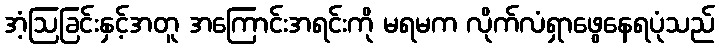
အံ့ဩခြင်းနှင့်အတူ အကြောင်းအရင်းကို မရမက လိုက်လံရှာဖွေနေရပုံသည်